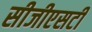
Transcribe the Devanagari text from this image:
सीजीएसटी